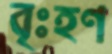
বৃঃহণ